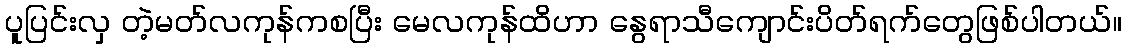
ပူပြင်းလှ တဲ့မတ်လကုန်ကစပြီး မေလကုန်ထိဟာ နွေရာသီကျောင်းပိတ်ရက်တွေဖြစ်ပါတယ်။